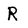
Character: r